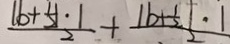
\frac { \vert b + \frac { 1 } { 2 } \vert \cdot 1 } { 2 } + \frac { \vert b + \frac { 1 } { 2 } \vert \cdot 1 } { 2 }